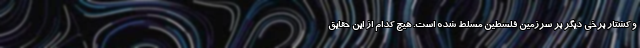
و کشتار برخي ديگر بر سرزمين فلسطين مسلط شده است. هيچ کدام از اين حقايق